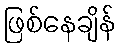
ဖြစ်နေချိန်